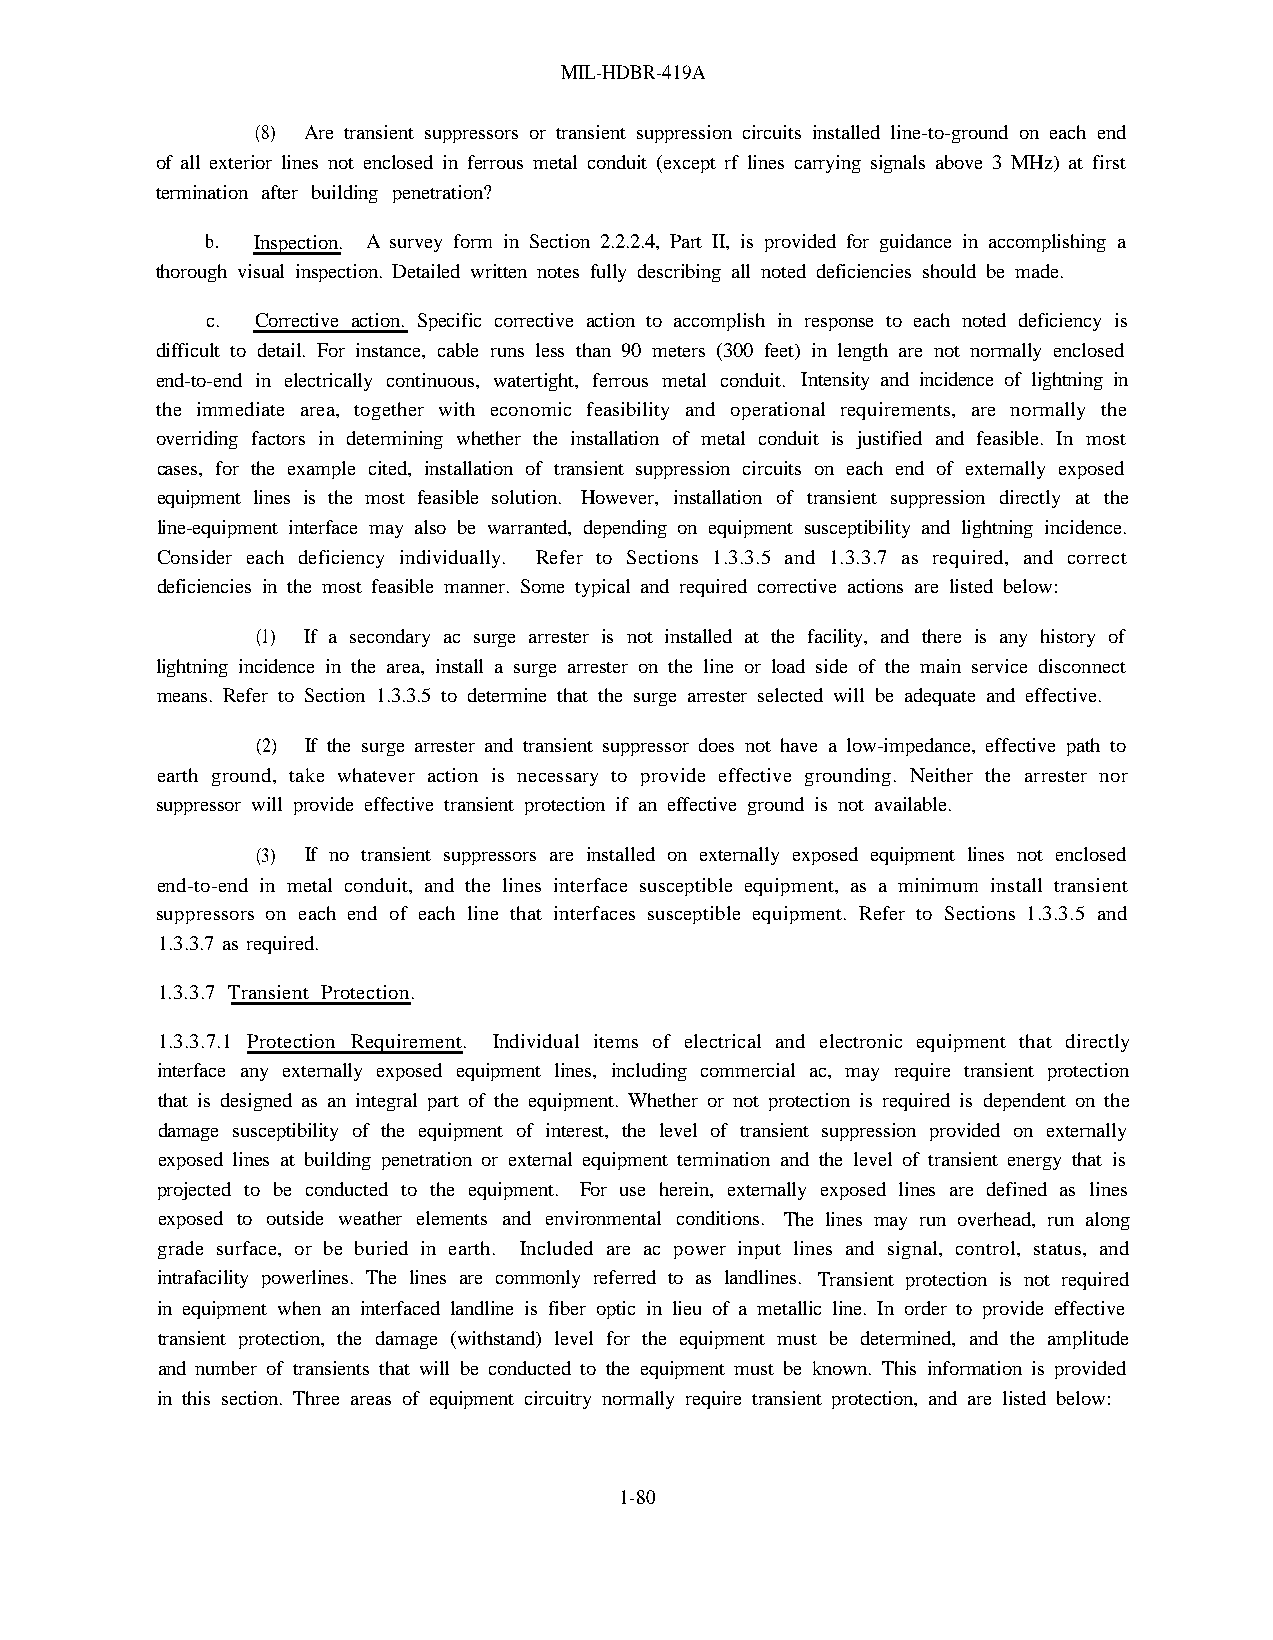
MIL-HDBR-419A
 (8) Are transient suppressors or transient suppression circuits installed line-to-ground on each end
 of all exterior lines not enclosed in ferrous metal conduit (except rf lines carrying signals above 3 MHz) at first
 termination after building penetration?
 b. Inspection. A survey form in Section 2.2.2.4, Part II, is provided for guidance in accomplishing a
 thorough visual inspection. Detailed written notes fully describing all noted deficiencies should be made.
 c. Corrective action. Specific corrective action to accomplish in response to each noted deficiency is
 difficult to detail. For instance, cable runs less than 90 meters (300 feet) in length are not normally enclosed
 end-to-end in electrically continuous, watertight, ferrous metal conduit. Intensity and incidence of lightning in
 the immediate area, together with economic feasibility and operational requirements, are normally the
 overriding factors in determining whether the installation of metal conduit is justified and feasible. In most
 cases, for the example cited, installation of transient suppression circuits on each end of externally exposed
 equipment lines is the most feasible solution. However, installation of transient suppression directly at the
 line-equipment interface may also be warranted, depending on equipment susceptibility and lightning incidence.
 Consider each deficiency individually. Refer to Sections 1.3.3.5 and 1.3.3.7 as required, and correct
 deficiencies in the most feasible manner. Some typical and required corrective actions are listed below:
 (1) If a secondary ac surge arrester is not installed at the facility, and there is any history of
 lightning incidence in the area, install a surge arrester on the line or load side of the main service disconnect
 means. Refer to Section 1.3.3.5 to determine that the surge arrester selected will be adequate and effective.
 (2) If the surge arrester and transient suppressor does not have a low-impedance, effective path to
 earth ground, take whatever action is necessary to provide effective grounding. Neither the arrester nor
 suppressor will provide effective transient protection if an effective ground is not available.
 (3) If no transient suppressors are installed on externally exposed equipment lines not enclosed
 end-to-end in metal conduit, and the lines interface susceptible equipment, as a minimum install transient
 suppressors on each end of each line that interfaces susceptible equipment. Refer to Sections 1.3.3.5 and
 1.3.3.7 as required.
 1.3.3.7 Transient Protection.
 1.3.3.7.1 Protection Requirement. Individual items of electrical and electronic equipment that directly
 interface any externally exposed equipment lines, including commercial ac, may require transient protection
 that is designed as an integral part of the equipment. Whether or not protection is required is dependent on the
 damage susceptibility of the equipment of interest, the level of transient suppression provided on externally
 exposed lines at building penetration or external equipment termination and the level of transient energy that is
 projected to be conducted to the equipment. For use herein, externally exposed lines are defined as lines
 exposed to outside weather elements and environmental conditions. The lines may run overhead, run along
 grade surface, or be buried in earth. Included are ac power input lines and signal, control, status, and
 intrafacility powerlines. The lines are commonly referred to as landlines. Transient protection is not required
 in equipment when an interfaced landline is fiber optic in lieu of a metallic line. In order to provide effective
 transient protection, the damage (withstand) level for the equipment must be determined, and the amplitude
 and number of transients that will be conducted to the equipment must be known. This information is provided
 in this section. Three areas of equipment circuitry normally require transient protection, and are listed below:
 1-80